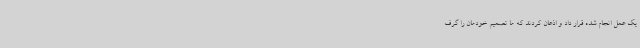
یک عمل انجام شده قرار داد و اذعان کردند که ما تصمیم خودمان را گرف